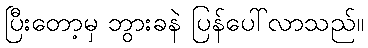
ပြီးတော့မှ ဘွားခနဲ ပြန်ပေါ်လာသည်။